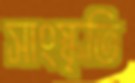
সাংস্কৃতি